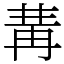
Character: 冓